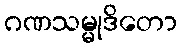
ဂဏသမ္မုဒိတော